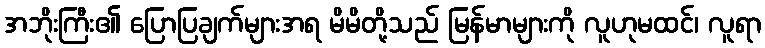
အဘိုးကြီး၏ ပြောပြချက်များအရ မိမိတို့သည် မြန်မာများကို လူဟုမထင်၊ လူရာ